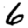
Digit: 6